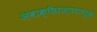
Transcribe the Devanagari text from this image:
अवाक्छिरास्तथाभूत्वा